Vital statistics of India. Vol. IV, Annual returns from 1871 to 1876. British Army of India, Native Army and jails of Bengal
Year: 1871
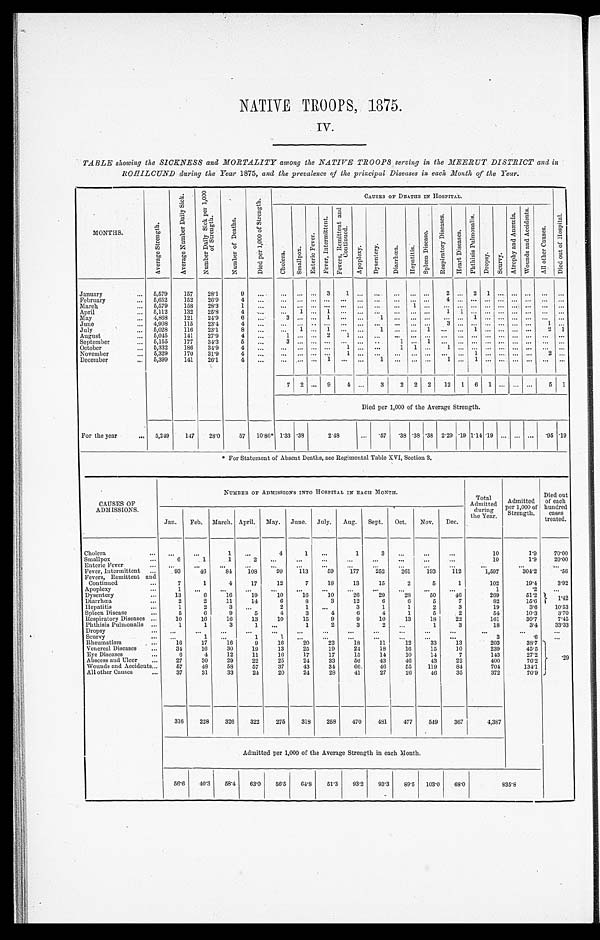
NATIVE TROOPS, 1875.
IV.
TABLE showing the SICKNESS and MORTALITY among the NATIVE TROOPS serving in the MEERUT DISTRICT and in
ROHILCUND during the Year 1875, and the prevalence of the principal Diseases in each Month of the Year.
M O N T H S .
A v e r a g e S t r e n g t h .
A v e r a g e N u m b e r D a i l y S i c k .
N u m b e r D a i l y S i c k p e r 1 , 0 0 0
o f S t r e n g t h .
N u m b e r o f D e a t h s .
D i e d p e r 1 , 0 0 0 o f S t r e n g t h .
CAUSES OF DEITIES IN HOSPITAL.
D i e d o u t o f H o s p i t a l .
Chol e r a . S ma l l p o x .
E n t e r i c F e v e r .
F e v e r , I n t e r m i t t e n t .
F e v e r s , R e m i t t e n d a n d
Co n t i n u e d .
Ap o p l e x y . Dy s e n t r y . Di a r r h œa . Hopa t i t i s .
S p l e e n D i s e a s e .
R e s p l r a t o r y D i s e a s e s .
H e a r t D i s e a s e s .
P h t h i s i s P u l m o n a l i s .
Dr o p s y . Scur vy.
A t o p h y a n d A n æ m i n .
W o u n d s a n d A c c i d e n t s .
A l l o t h e r C a u s e s .
January
... 5,579
157
28.1
9 ...
... ... ...
3 1 ... ... ... ... ... 2 ... 2 1 ... ... ... ... ...
February
... 5,652
152 26.9
4 ...
... ... ... ... ... ... ...
... ... ...
4 ... ... ... ... ... ... ...
...
Mar ch . . .
5,579
158
28.3
1 ... ... ... ... ... ... ... ... ... 1 ... ... ... ... ... ... ... ... ... ...
April
... 5,112
132 25.8
4 ...
...
1 ... 1 ... ... ...
... ... ... 1 1 ... ... ... ... ... ... ...
May
... 4,868
121
24.9
6 ...
3 ... ... 1 ... ...
1 ... ... ... ...
... 1 ... ... ... ... ... ...
June . . .
4,908
115
23.4
4 ...
... ... ... ... ... ... ... ... ... ...
3 ... ... ... ... ... ... 1 ...
Jul y . . .
5,028
116
23.1
8 ... ...
1 ... 1 ... ...
1 ... ... 1 ... ... 1 ... ... ... ...
2 1
August . . .
5,045
141
27.9
4 ...
1 ... ... 2
1 ... ... ... ... ... ... ... ... ... ... ... ... ... ...
September ...
5,155
177
34.3
5 ...
3 ... ... ... ...
... .. 1
... 1 ... ... ... ... ... ... ... ... ...
October ...
5,332
186
34.9
4 ...
... ... ... ...
1 ... ...
1 1 ...
1... ... ... ... ... ... ... ...
November
... 5,329
170
31.9
4 ...
... ... ... ... 1 ... ...
... ... ... ... ... 1 ... ... ... ... 2 ...
December ...
5,399
141
26.1
4 ... ... ...
... 1 ... ...
1 ...
... ... 1 ... 1 ... ... ... ... ... ...
7 2 ... 9
4 ...
3
2 2 2 12 1 6 1 ... ... ...
5 1
Died per 1,000 of the Average Strength.
For the year
... 5,249
147
28.0
57 10.86* 1.33 .38
2 . 4 8
... .57 .38 .38 .38 2.29 .19 1.14 .19 .... ... ... .95 .19
* For Statement of Absent Deaths, see Regimental Table XVI, Section 3.
CAUSES OF
ADMISSIONS.
NUMBER OF ADMISSIONS INTO HOSPITAL IN EACH MONTH.
Total
Admitted
during
the Year.
Admitted
per 1,000 of
Stength.
Died out
of each
hundred
cases
treated.
Jan. Feb. March. April. May. June. July. Aug. Sept. Oct. Nov. Dec.
Cholera
... ...
. . .
1 ...
4
1 ...
1
3
. . . ...
...
10
1.9
70.00
Smal l pox ...
6
1
1
2 ...
. . . ...
. . . ...
...
. . .
. . .
10
1.9
20.00
Enteric Fever
... ...
...
...
...
...
...
...
...
... ...
...
...
...
...
. . .
Fever, Intermittent ...
93
46
84 108
99
113
59
177
252
261
193
112
1,597
304.2
.56
Fevers, Remittent and
Continued
...
7
1
4
17
12
7
18
13
15
2
5
1
102
19.4
3.92
Apoplexy
...
1 ...
...
...
...
...
...
...
...
...
...
...
1
.2
. . .
Dysentery
...
13
6
16
19
10
16
10
26
29
28
50
46
269
51.2
1.42
Diarrhœa ...
2
2
11
14
6
8
3
12
6
6
5
7
82
15.6
Hepatitis
...
1
2 3
...
2
1 ...
3
1
1
2
3
19
3.6
10.53
Spleen Disease
...
5
6
9
5
4
3
4
6
4
1
5
2
54
10.3
3.70
Respiratory Diseases ...
10
16
16
13
10
15
9
9
10
13
18
22
161
30.7
7.45
Phthisis Pulmonalis ...
1
1
3 1
...
1
2
3
2 ...
1
3
18
3.4
33.33
Dropsy
... ...
...
...
...
...
...
...
...
...
...
...
...
...
...
. . .
Scurvy
... ... 1
...
1
1 ...
...
... ...
...
...
...
3
.6
. . .
Rheumatism ...
16
17
16
9
16
20 22
18 11 12
33
13
203
38.7
.29
Venereal Diseases
...
34
16
30
19
13
25
19
24
18
16
15
10
239
45.5
Eye Diseases
...
6
4
12
11
16
17
17
15
14
10
14
7
143
27.2
Abscess and Ulcer
...
27
30
29
22
25
24
33
56
43
46
43
22
400
76.2
Wounds and Accidents...
57
48
58
57
37
43
34
66
46
55
119
84
704
134.1
All other Causes
...
37
31
33
24
20
24
28
41
27
26
46
35
372
70.9
316
228
326
322
275
318 258
470
481
477
549
367
4,387
Admitted per 1,000 of the Average Strength in each Month.
56.6
40.3 58.4 63.0
56.5 64.8 51.3
93.2
93.3
89.5 103.0
68.0
835.8